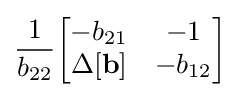
{\frac {1}{b_{22}}}{\begin{bmatrix}-b_{21}&-1\\\Delta \mathbf {[b]} &-b_{12}\end{bmatrix}}